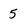
Character: 5